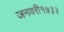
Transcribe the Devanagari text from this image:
जनवरी१७३२